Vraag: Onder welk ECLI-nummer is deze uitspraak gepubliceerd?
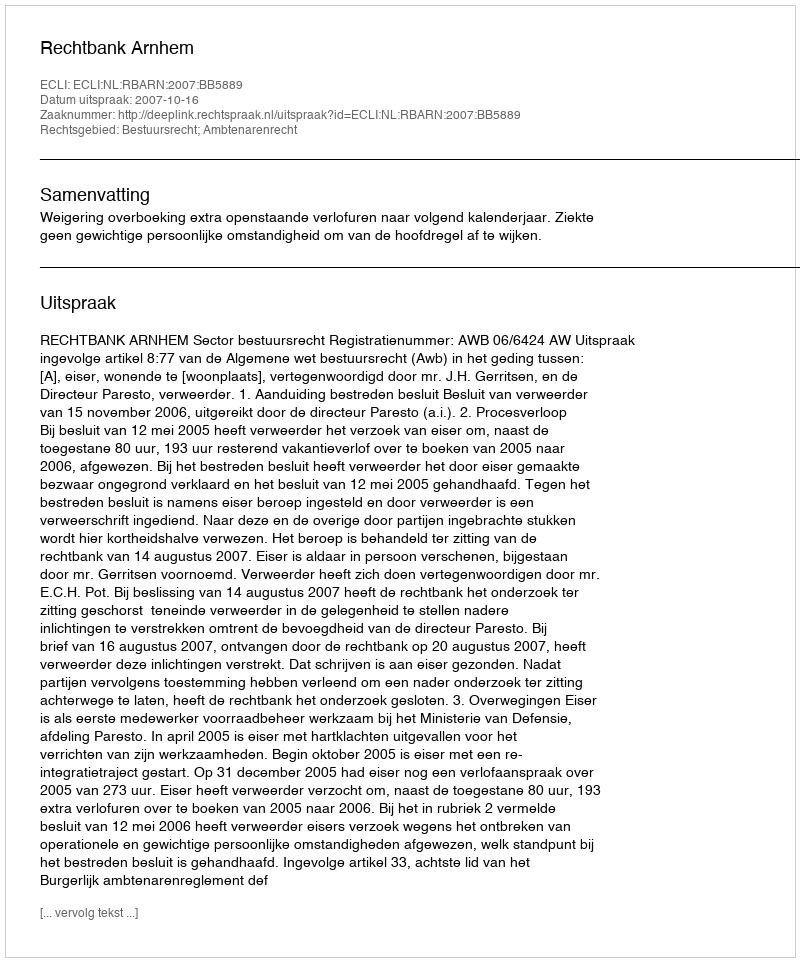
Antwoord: ECLI:NL:RBARN:2007:BB5889